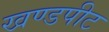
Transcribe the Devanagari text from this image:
खण्डपीट